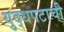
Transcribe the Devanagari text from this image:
युद्धपटाची